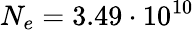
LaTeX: N_{e}=3.49\cdot 10^{10}